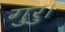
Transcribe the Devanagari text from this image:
गुरु।